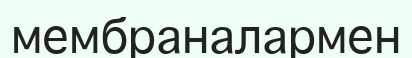
мембраналармен